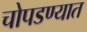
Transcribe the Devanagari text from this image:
चोपडण्यात